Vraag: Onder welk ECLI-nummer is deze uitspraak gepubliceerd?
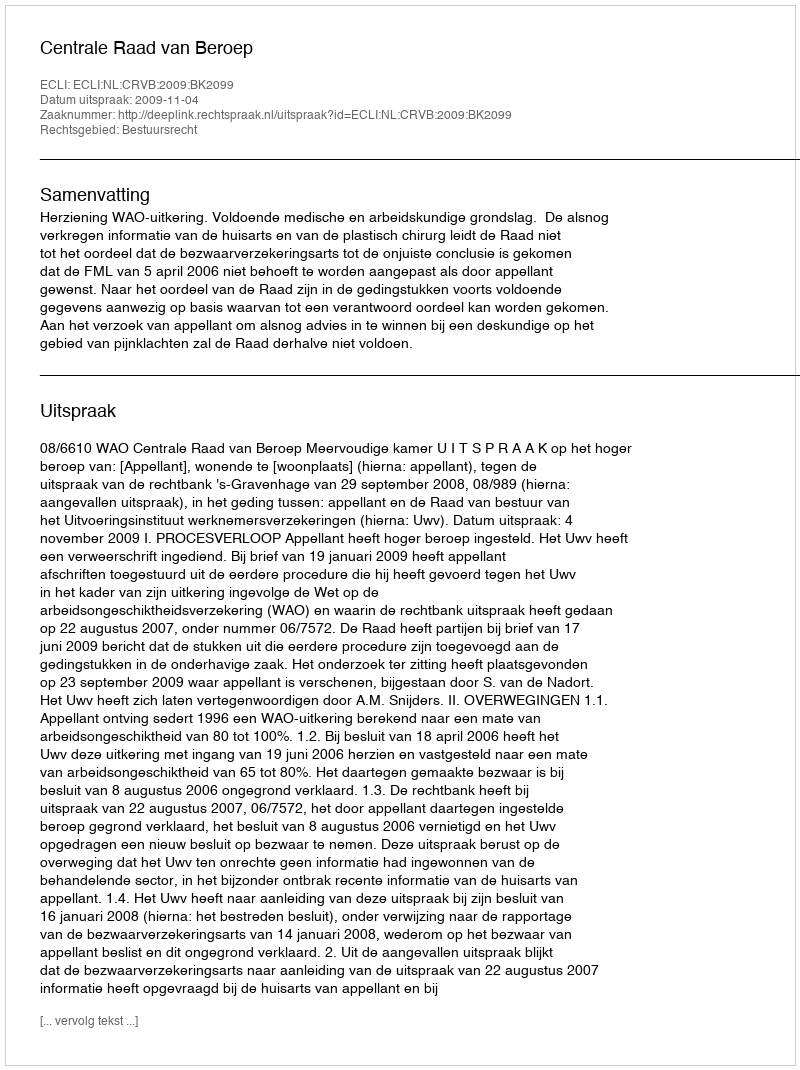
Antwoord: ECLI:NL:CRVB:2009:BK2099